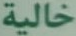
خالية